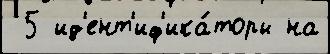
 5 ид'ент'иф'ика́торы на